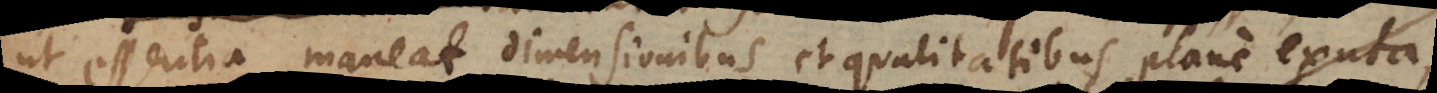
ut essentia maneat dimensionibus et qualitatibus plane exuta;